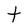
Character: t